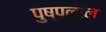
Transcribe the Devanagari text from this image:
पुष्पलाल